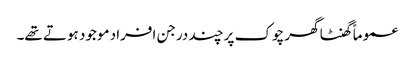
عموماً گھنٹا گھر چوک پر چند درجن افراد موجود ہوتے تھے۔